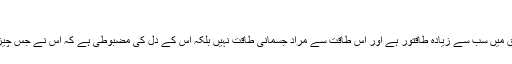
( ترمذی )
اس حدیث شریف سے معلوم ہوا کہ جو شخص صدقہ مخفی رکھنے پر قادر ہو گیا وہ مخلوق میں سب سے زیادہ طاقتور ہے اور اس طاقت سے مراد جسمانی طاقت نہیں بلکہ اس کے دل کی مضبوطی ہے کہ اس نے جس چیز کا عزم کیا اسے کر دکھایا بس اسی دل کی مضبوطی کو شجاعت اور بہادری کہتے ہیں۔